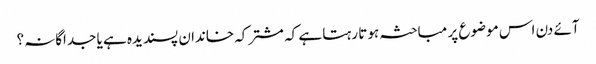
آئے دن اس موضوع پر مباحثہ ہوتا رہتا ہے کہ مشترکہ خاندان پسندیدہ ہے یا جداگانہ؟